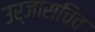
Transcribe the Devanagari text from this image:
उर्जासचिव